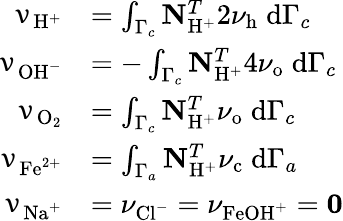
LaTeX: \begin{array}{rl}{\mathbf{\upnu}_{\mathrm{H}^{+}}}&{=\int_{\Gamma_{c}}\mathbf{N}_{\mathrm{H}^{+}}^{T}2\nu_{\mathrm{h}}\; \mathrm{d}\Gamma_{c}}\\ {\mathbf{\upnu}_{\mathrm{OH}^{-}}}&{=-\int_{\Gamma_{c}}\mathbf{N}_{\mathrm{H}^{+}}^{T}4\nu_{\mathrm{o}}\; \mathrm{d}\Gamma_{c}}\\ {\mathbf{\upnu}_{\mathrm{O}_{2}}}&{=\int_{\Gamma_{c}}\mathbf{N}_{\mathrm{H}^{+}}^{T}\nu_{\mathrm{o}}\; \mathrm{d}\Gamma_{c}}\\ {\mathbf{\upnu}_{\mathrm{Fe}^{2+}}}&{=\int_{\Gamma_{a}}\mathbf{N}_{\mathrm{H}^{+}}^{T}\nu_{\mathrm{c}}\; \mathrm{d}\Gamma_{a}}\\ {\mathbf{\upnu}_{\mathrm{Na}^{+}}}&{=\mathbf{\nu}_{\mathrm{Cl}^{-}}=\mathbf{\nu}_{\mathrm{FeOH}^{+}}=\mathbf{0}}\end{array}